Annual vaccination report of Bihar and Orissa - 1911-1928
Year: 1911
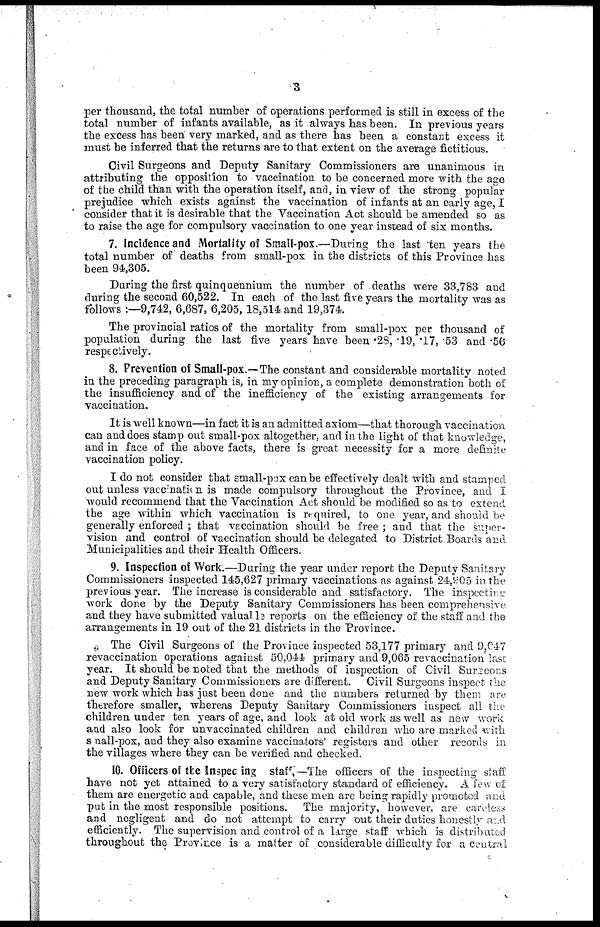
3
per thousand, the total number of operations performed is still in excess of the
total number of infants available, as it always has been. In previous years
the excess has been very marked, and as there has been a constant excess it
must be inferred that the returns are to that extent on the average fictitious.
Civil Surgeons and Deputy Sanitary Commissioners are unanimous in
attributing the opposition to vaccination to be concerned more with the age
of the child than with the operation itself, and, in view of the strong popular
prejudice which exists against the vaccination of infants at an early age, I
consider that it is desirable that the Vaccination Act should be amended so as
to raise the age for compulsory vaccination to one year instead of six months.
7. Incidence and Mortality of Small-pox.—During the last ten years the
total number of deaths from small-pox in the districts of this Province has
been 94,305.
During the first quinquennium the number of deaths were 33,783 and
during the second 60,522. In each of the last five years the mortality was as
follows :—9,742, 6,687, 6,205,18,514 and 19,374.
The provincial ratios of the mortality from small-pox per thousand of
population during the last five years have been .28, .19, .17, .53 and .56
respectively.
8. Prevention of Small-pox.—The constant and considerable mortality noted
in the preceding paragraph is, in my opinion, a complete demonstration both of
the insufficiency and of the inefficiency of the existing arrangements for
vaccination.
It is well known—in fact it is an admitted axiom—that thorough vaccination
can and does stamp out small-pox altogether, and in the light of that knowledge,
and in face of the above facts, there is great necessity for a more definite
vaccination policy.
I do not consider that small-pox can be effectively dealt with and stamped
out unless vaccination is made compulsory throughout the Province, and I
would recommend that the Vaccination Act should be modified so as to extend
the age within which vaccination is required, to one year, and should be
generally enforced ; that vaccination should be free ; and that the super-
vision and control of vaccination should be delegated to District Boards and
Municipalities and their Health Officers.
9. Inspection of Work.—During the year under report the Deputy Sanitary
Commissioners inspected 145,627 primary vaccinations as against 24,905 in the
previous year. The increase is considerable and satisfactory. The inspecting
work done by the Deputy Sanitary Commissioners has been comprehensive
and they have submitted valuable reports on the efficiency of the staff and the
arrangements in 19 out of the 21 districts in the Province.
The Civil Surgeons of the Province inspected 53,177 primary and 9,047
revaccination operations against 50,044 primary and 9,065 revaccination last
year. It should be noted that the methods of inspection of Civil Surgeons
and Deputy Sanitary Commissioners are different. Civil Surgeons inspect the
new work which has just been done and the numbers returned by them are
therefore smaller, whereas Deputy Sanitary Commissioners inspect all the
children under ten years of age, and look at old work as well as new work
and also look for unvaccinated children and children who are marked with
small-pox, and they also examine vaccinators' registers and other records in
the villages where they can be verified and checked.
10. Officers of the Inspecting staff. — The officers of the inspecting staff
have not yet attained to a very satisfactory standard of efficiency. A few of
them are energetic and capable, and these men are being rapidly promoted and
put in the most responsible positions. The majority, however, are careless
and negligent and do not attempt to carry out their duties honestly and
efficiently. The supervision and control of a large staff which is distributed
throughout the Province is a matter of considerable difficulty for a central